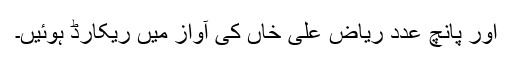
اور پانچ عدد ریاض علی خاں کی آواز میں ریکارڈ ہوئیں۔